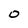
Character: O